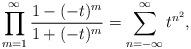
LaTeX: \begin{align*} \prod_{m=1}^{\infty} \frac{1 -(-t)^m}{1 + (-t)^m} = \sum_{n=-\infty}^{\infty} t^{n^2}, \end{align*}